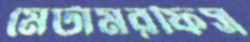
মেটামরফিস